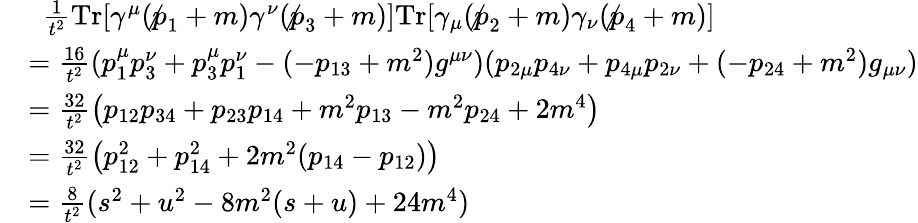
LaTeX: {\begin{array}{rl}&{~~{\frac{1}{t^{2}}}\mathrm{Tr}[\gamma^{\mu}(\not p_{1}+m)\gamma^{\nu}(\not p_{3}+m)]\mathrm{Tr}[\gamma_{\mu}(\not p_{2}+m)\gamma_{\nu}(\not p_{4}+m)]}\\ &{={\frac{16}{t^{2}}}(p_{1}^{\mu}p_{3}^{\nu}+p_{3}^{\mu}p_{1}^{\nu}-(-p_{13}+m^{2})g^{\mu\nu})(p_{2\mu}p_{4\nu}+p_{4\mu}p_{2\nu}+(-p_{24}+m^{2})g_{\mu\nu})}\\ &{={\frac{32}{t^{2}}}{\big(}p_{12}p_{34}+p_{23}p_{14}+m^{2}p_{13}-m^{2}p_{24}+2m^{4}{\big)}}\\ &{={\frac{32}{t^{2}}}{\big(}p_{12}^{2}+p_{14}^{2}+2m^{2}(p_{14}-p_{12}){\big)}}\\ &{={\frac{8}{t^{2}}}(s^{2}+u^{2}-8m^{2}(s+u)+24m^{4})}\end{array}}